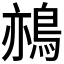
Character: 𪁂